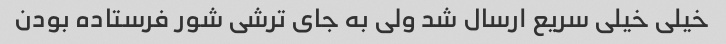
خیلی خیلی سریع ارسال شد ولی به جای ترشی شور فرستاده بودن